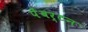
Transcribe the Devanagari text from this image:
पेंबर्टन